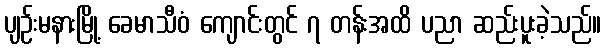
ပျဉ်းမနားမြို့ ခေမာသီဝံ ကျောင်းတွင် ၇ တန်းအထိ ပညာ ဆည်းပူးခဲ့သည်။